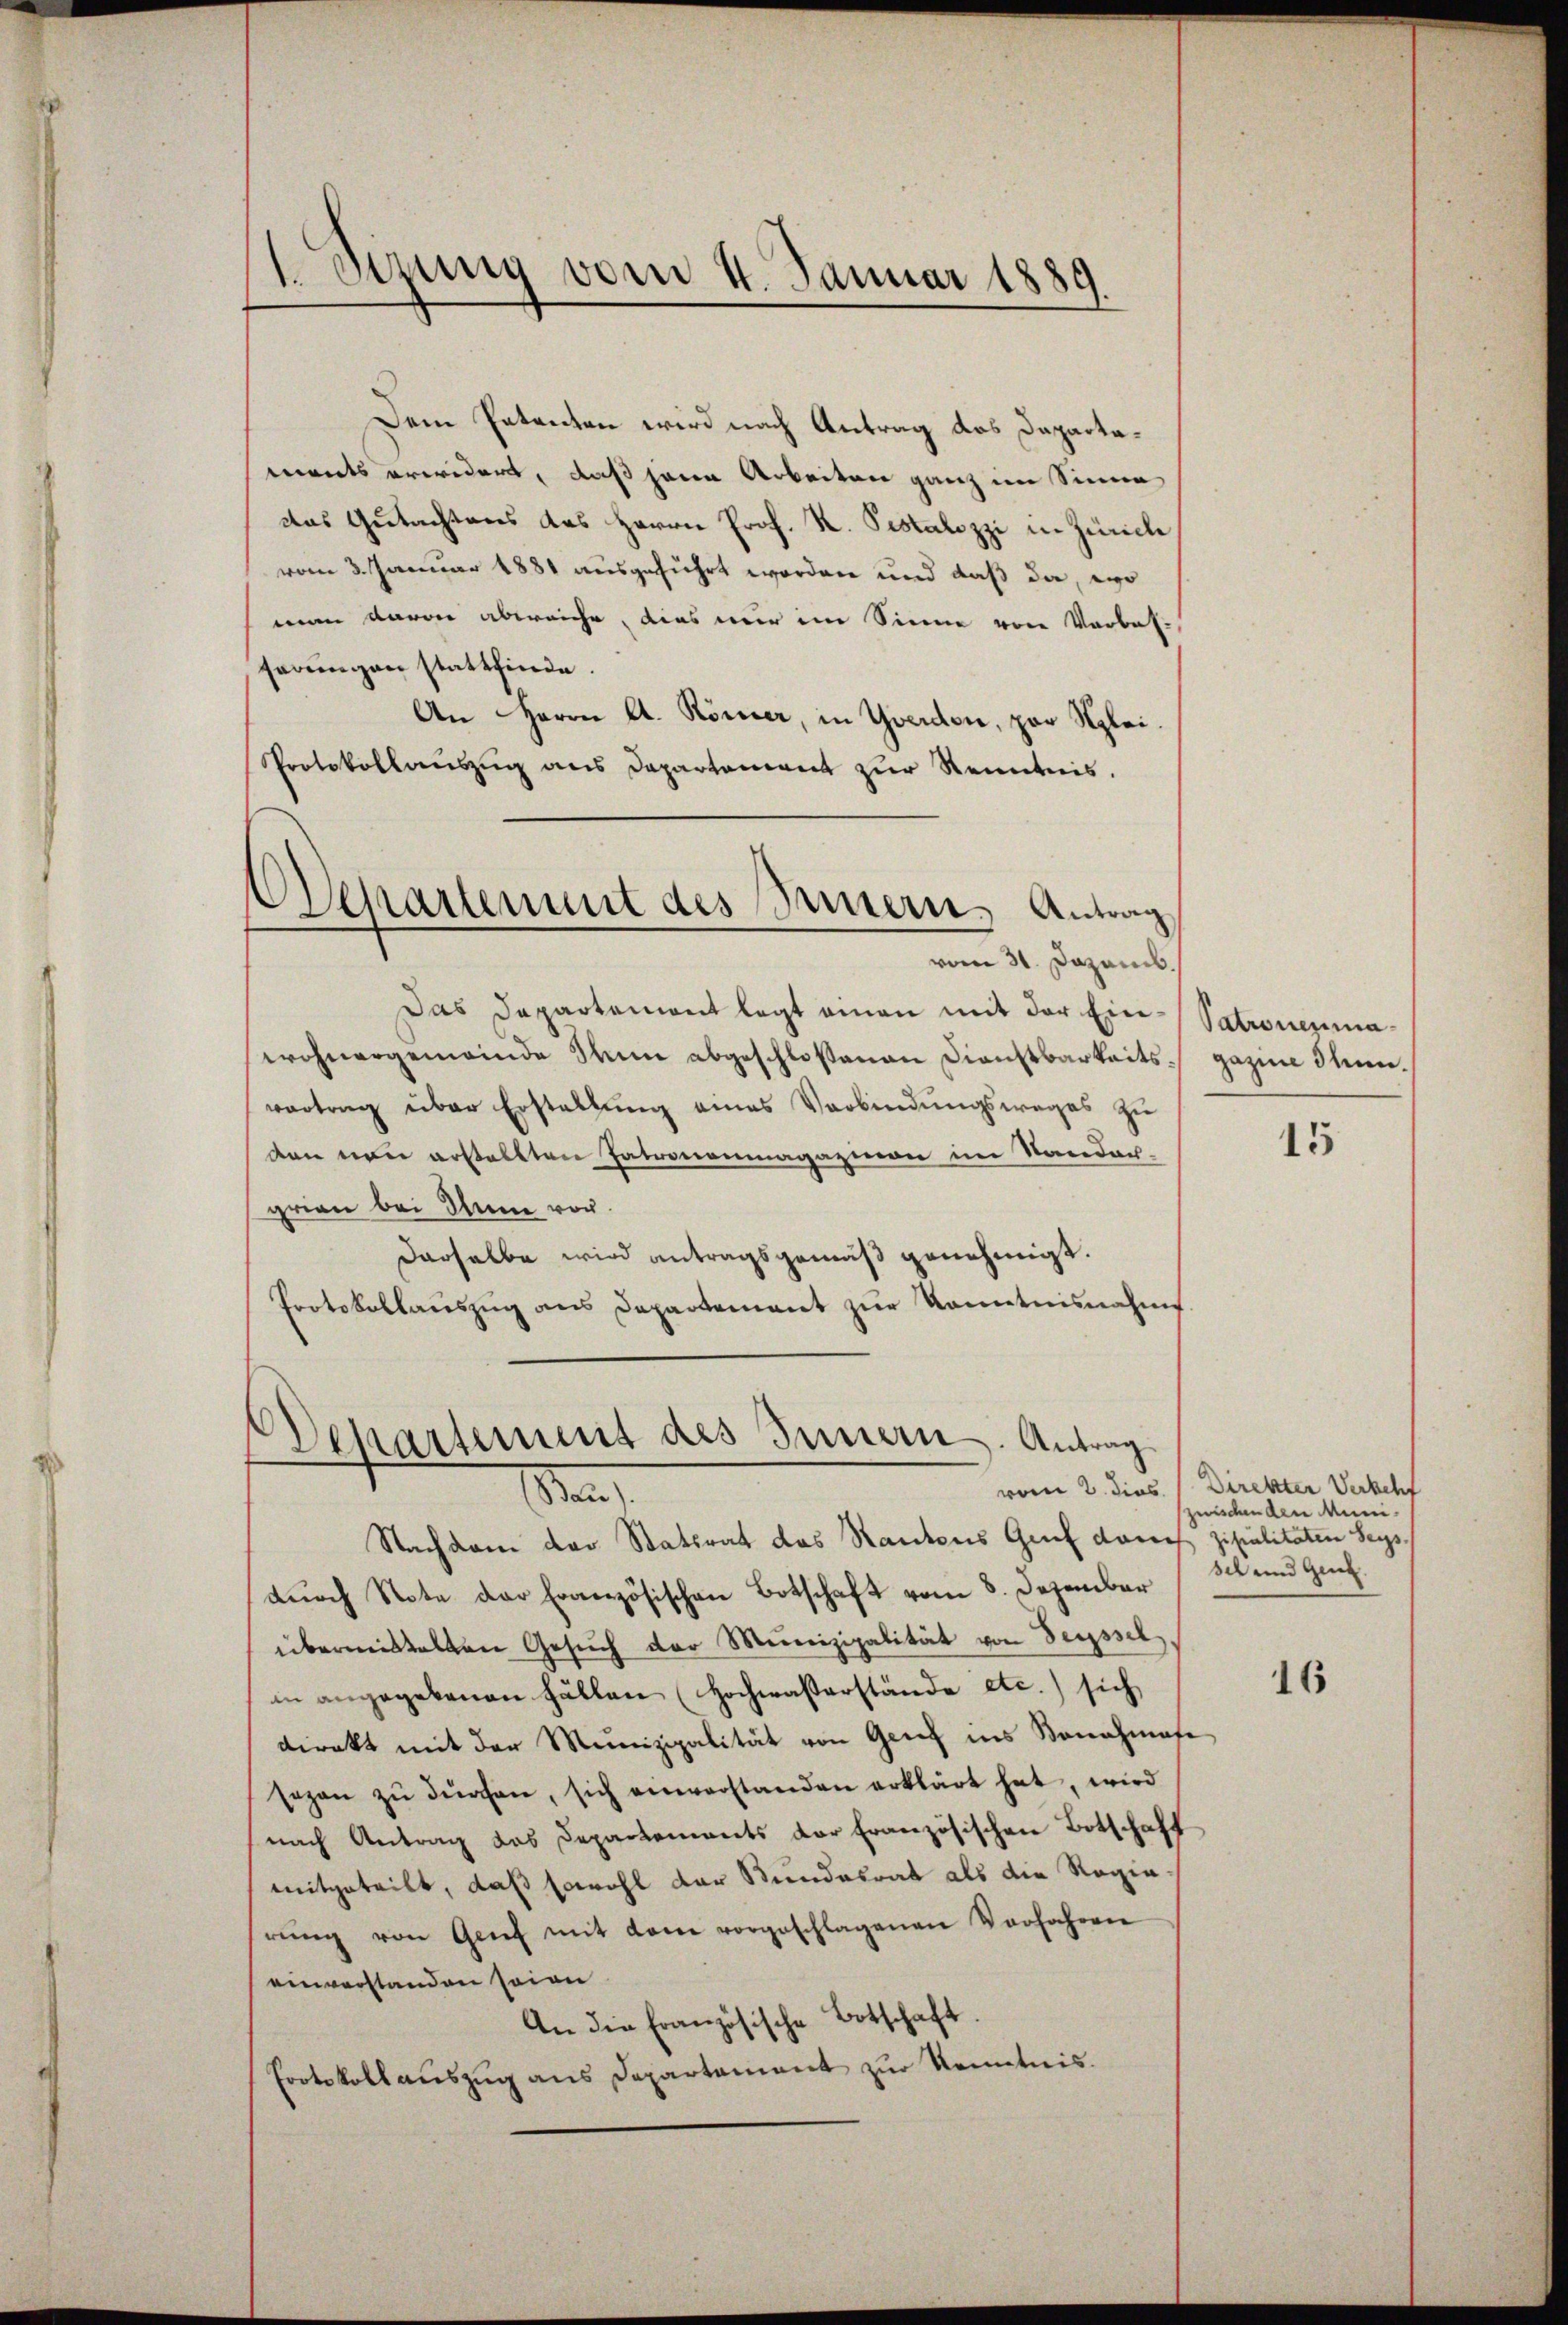
E Sizung vom 4. Januar 1889

Dem Petenten wird nach Antrag des Dapartawants erwidert, daß jenen Arbeiten ganz im Sinne
das Gutachtens das Herrn Prof. K. Pestalozzi in Zürich
vom 3. Januar 1881 ausgeführt worden und daß da, wo
man davon abweiche, dies nur im Sinne von Vorbas-
serungen stattfinde.
An Herrn A. Römer, in Yverdon, par Szlei.
Protokollaŭszŭg ans Departement zŭr Kenntnis.
Departement des Innern, Antrag
vom 31. Dazamis.
Das Departemont legt einen mit der Einwohnergemeinde Stum abgeschloßenen Dienstbarkeitsvortrag über Erstellung eines Verbindungsweges zu
ten nun erstellten Patronenmagazion im Sandach-
grien bei Anne vor.
derselbe wird antragsgemäß genehmigt.
Protokollauszug aus Departement zur Kenntnisnahme

Departement des Innern. Antrag
Sta

Nachdem der Statsrat das Rantons Genf darauf zipalitaten Seysdŭrch Note der Französischen Botschaft vom 8. Dezember
übermittelten Gesŭch der Munizipalität von Seyssel
in angegebenen Fällen (Hochwasserstände etc.) sich
direkt mit der Munizipalität von Grief ins Sonachmase
sezen zŭ dŭrchen, sich einverstanden erklärt hat, wird
nach Antrag des Departements der französischen Botschaft
mitgeteilt, daß sowohl der Bundesrat als die Regierŭng von Genf mit dem vorgeschlagenen Verfahren
einverstanden seien
An die Französische Botschaft.
Protokollauszug aus Departement zur Kenntnis.

Patronenmagazine Thun.

15

vom 2. dies. ( Direkter Verkehf
zwischen den Muni-
sch und Gent.

16